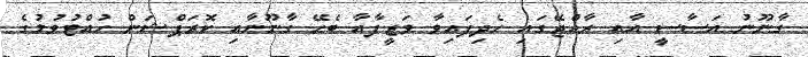
ގާނޫނު އަސާސީ އާއި ރާއްޖޭގައި ހެދިފައިވާ ވަޒީފާއާ ބެހޭ ގާނޫނާއި ކޮރަޕްޝަން ހުއްޓުވުމުގެ